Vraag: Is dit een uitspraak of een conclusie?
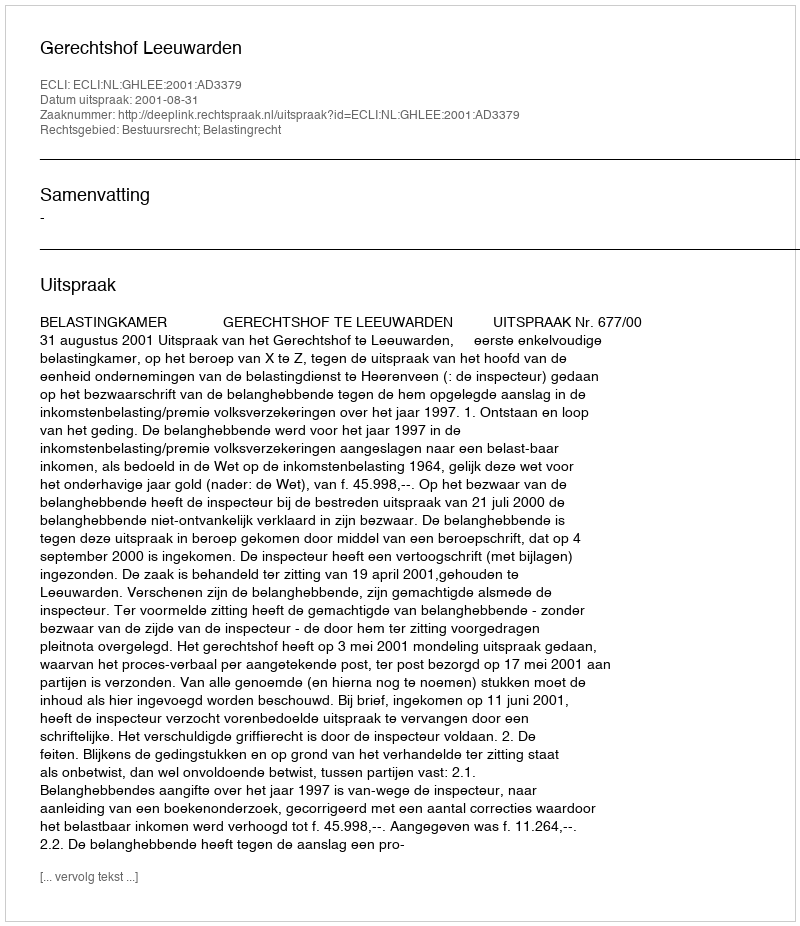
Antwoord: Uitspraak